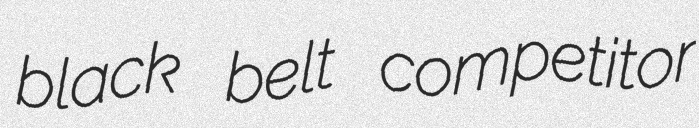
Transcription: black belt competitor